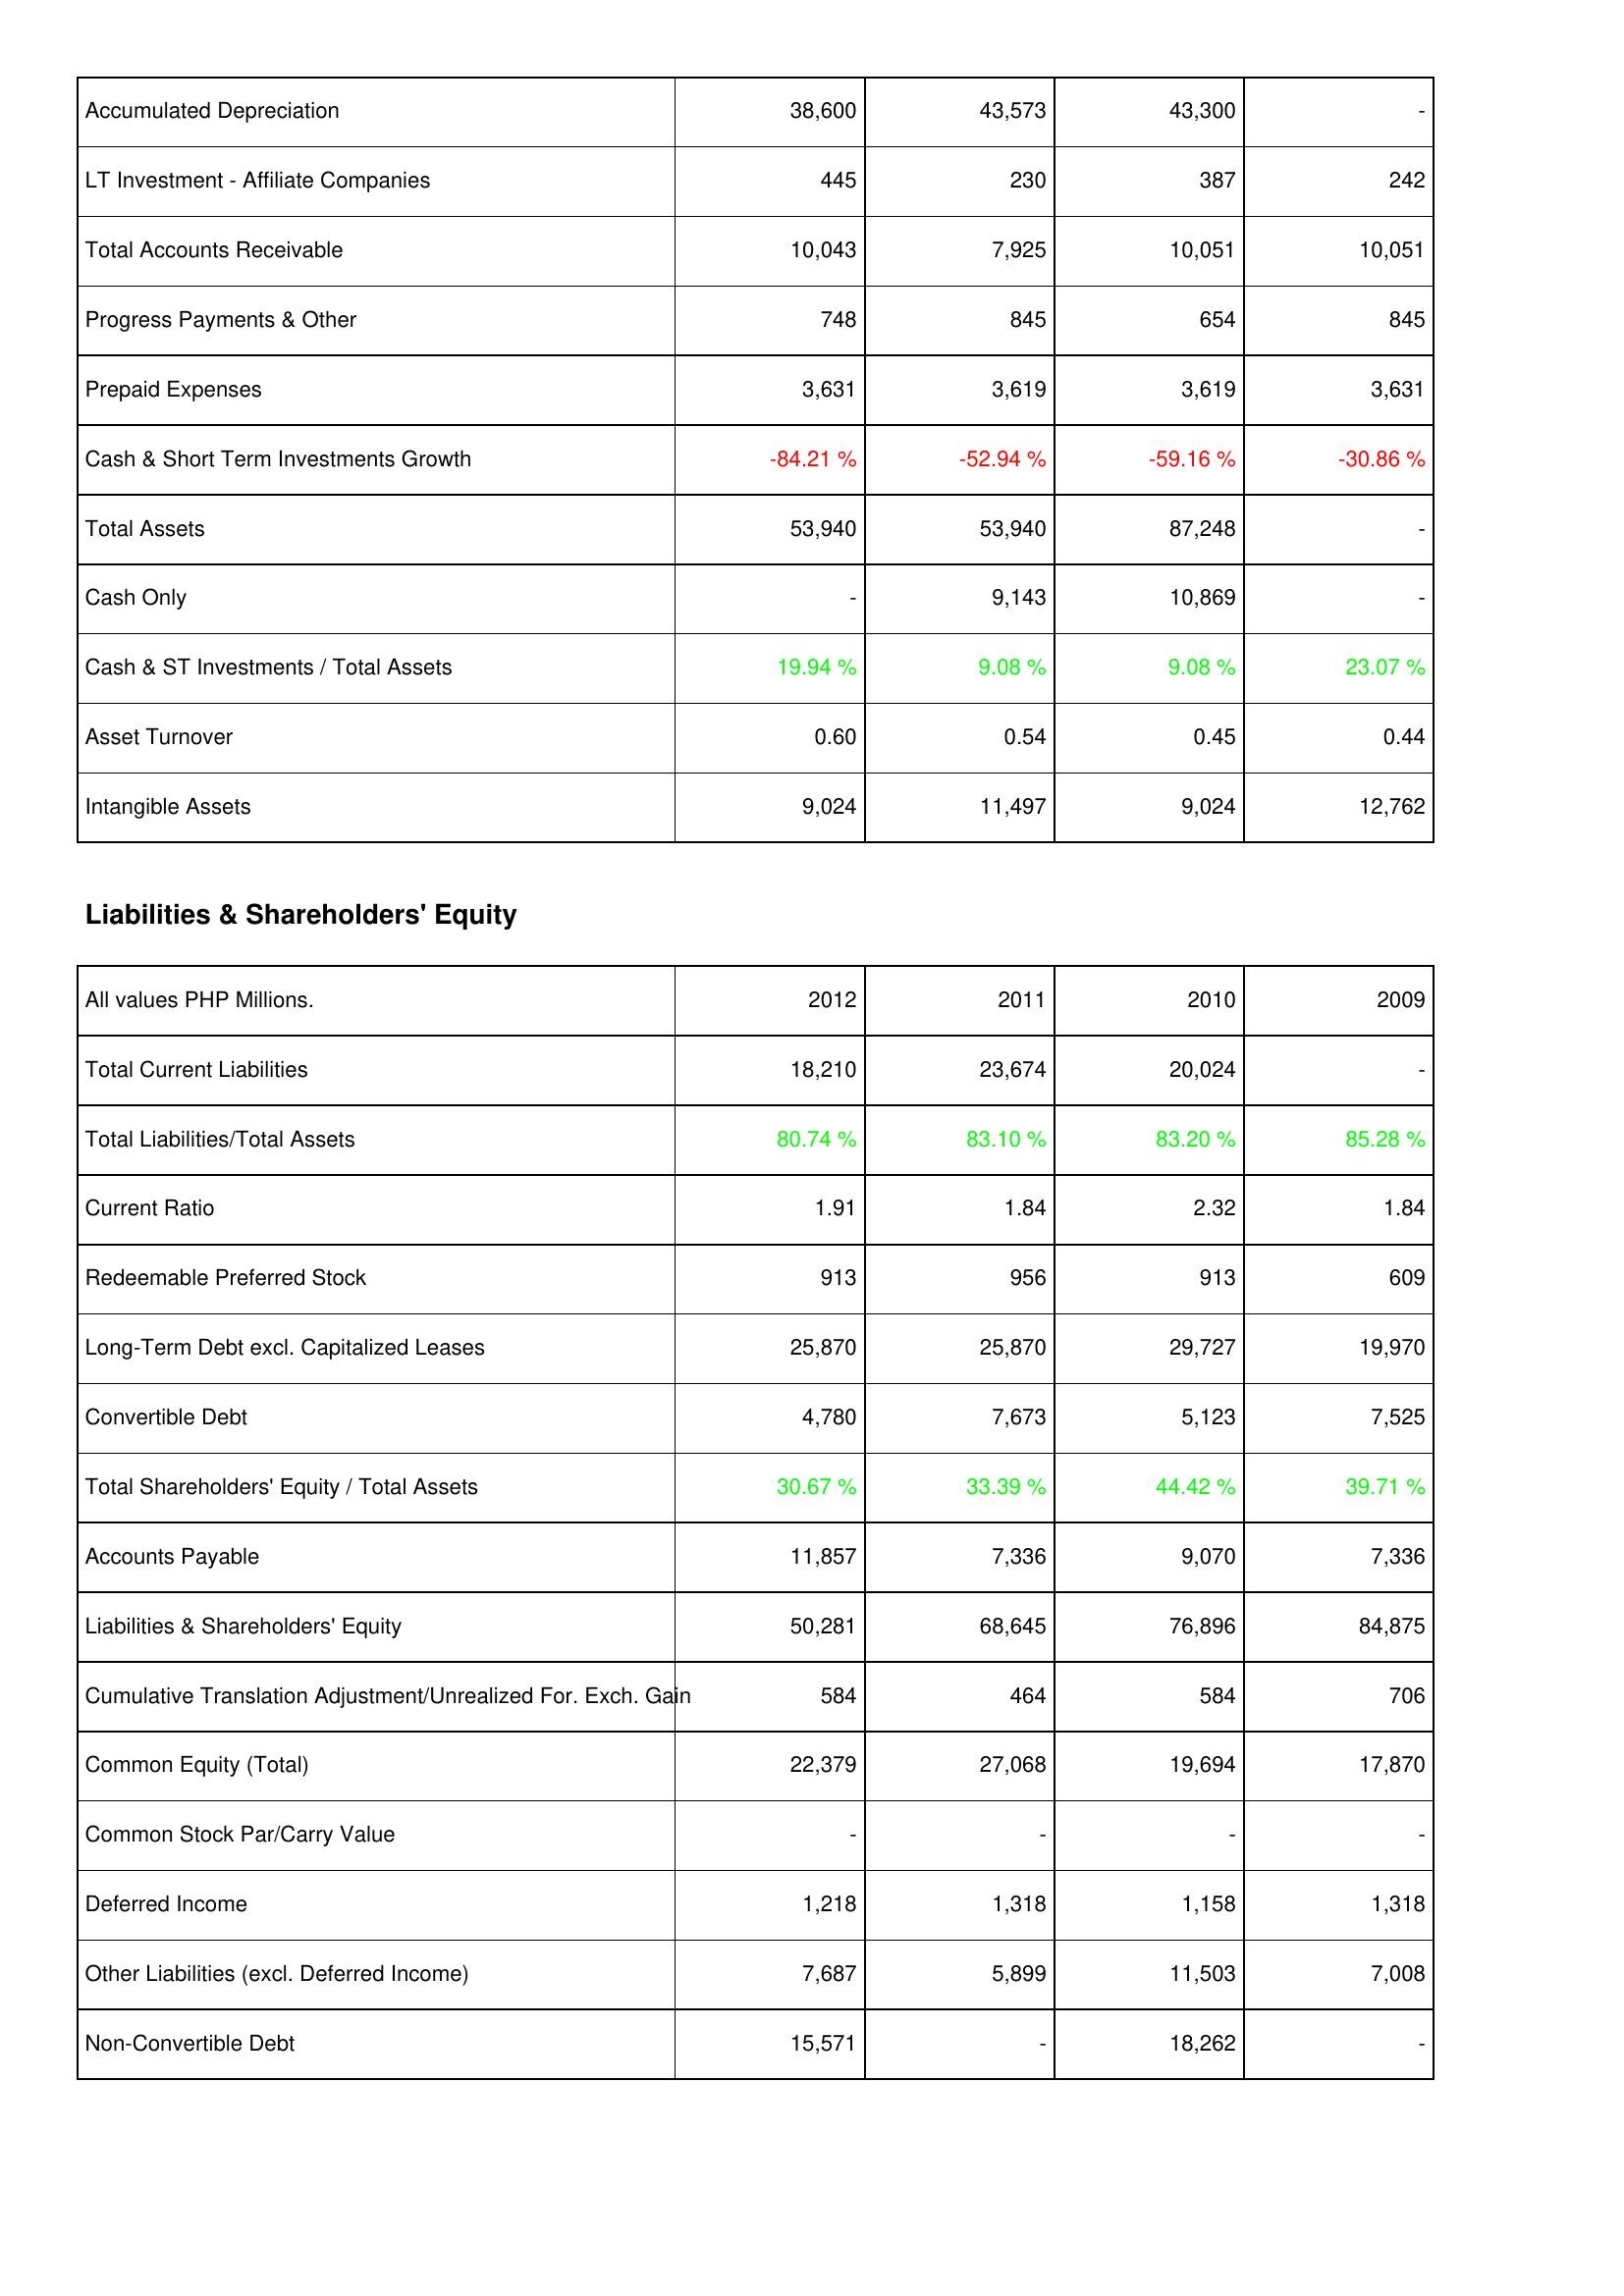
2012: Assets: Accumulated Depreciation: 38,600
LT Investment - Affiliate Companies: 445
Total Accounts Receivable: 10,043
Progress Payments & Other: 748
Prepaid Expenses: 3,631
Cash & Short Term Investments Growth: -84.21 %
Total Assets: 53,940
Cash Only: -
Cash & ST Investments / Total Assets: 19.94 %
Asset Turnover: 0.60
Intangible Assets: 9,024
Liabilities & Shareholders' Equity: Total Current Liabilities: 18,210
Total Liabilities/Total Assets: 80.74 %
Current Ratio: 1.91
Redeemable Preferred Stock: 913
Long-Term Debt excl. Capitalized Leases: 25,870
Convertible Debt: 4,780
Total Shareholders' Equity / Total Assets: 30.67 %
Accounts Payable: 11,857
Liabilities & Shareholders' Equity: 50,281
Cumulative Translation Adjustment/Unrealized For. Exch. Gain: 584
Common Equity (Total): 22,379
Common Stock Par/Carry Value: -
Deferred Income: 1,218
Other Liabilities (excl. Deferred Income): 7,687
Non-Convertible Debt: 15,571
2011: Assets: Accumulated Depreciation: 43,573
LT Investment - Affiliate Companies: 230
Total Accounts Receivable: 7,925
Progress Payments & Other: 845
Prepaid Expenses: 3,619
Cash & Short Term Investments Growth: -52.94 %
Total Assets: 53,940
Cash Only: 9,143
Cash & ST Investments / Total Assets: 9.08 %
Asset Turnover: 0.54
Intangible Assets: 11,497
Liabilities & Shareholders' Equity: Total Current Liabilities: 23,674
Total Liabilities/Total Assets: 83.10 %
Current Ratio: 1.84
Redeemable Preferred Stock: 956
Long-Term Debt excl. Capitalized Leases: 25,870
Convertible Debt: 7,673
Total Shareholders' Equity / Total Assets: 33.39 %
Accounts Payable: 7,336
Liabilities & Shareholders' Equity: 68,645
Cumulative Translation Adjustment/Unrealized For. Exch. Gain: 464
Common Equity (Total): 27,068
Common Stock Par/Carry Value: -
Deferred Income: 1,318
Other Liabilities (excl. Deferred Income): 5,899
Non-Convertible Debt: -
2010: Assets: Accumulated Depreciation: 43,300
LT Investment - Affiliate Companies: 387
Total Accounts Receivable: 10,051
Progress Payments & Other: 654
Prepaid Expenses: 3,619
Cash & Short Term Investments Growth: -59.16 %
Total Assets: 87,248
Cash Only: 10,869
Cash & ST Investments / Total Assets: 9.08 %
Asset Turnover: 0.45
Intangible Assets: 9,024
Liabilities & Shareholders' Equity: Total Current Liabilities: 20,024
Total Liabilities/Total Assets: 83.20 %
Current Ratio: 2.32
Redeemable Preferred Stock: 913
Long-Term Debt excl. Capitalized Leases: 29,727
Convertible Debt: 5,123
Total Shareholders' Equity / Total Assets: 44.42 %
Accounts Payable: 9,070
Liabilities & Shareholders' Equity: 76,896
Cumulative Translation Adjustment/Unrealized For. Exch. Gain: 584
Common Equity (Total): 19,694
Common Stock Par/Carry Value: -
Deferred Income: 1,158
Other Liabilities (excl. Deferred Income): 11,503
Non-Convertible Debt: 18,262
2009: Assets: Accumulated Depreciation: -
LT Investment - Affiliate Companies: 242
Total Accounts Receivable: 10,051
Progress Payments & Other: 845
Prepaid Expenses: 3,631
Cash & Short Term Investments Growth: -30.86 %
Total Assets: -
Cash Only: -
Cash & ST Investments / Total Assets: 23.07 %
Asset Turnover: 0.44
Intangible Assets: 12,762
Liabilities & Shareholders' Equity: Total Current Liabilities: -
Total Liabilities/Total Assets: 85.28 %
Current Ratio: 1.84
Redeemable Preferred Stock: 609
Long-Term Debt excl. Capitalized Leases: 19,970
Convertible Debt: 7,525
Total Shareholders' Equity / Total Assets: 39.71 %
Accounts Payable: 7,336
Liabilities & Shareholders' Equity: 84,875
Cumulative Translation Adjustment/Unrealized For. Exch. Gain: 706
Common Equity (Total): 17,870
Common Stock Par/Carry Value: -
Deferred Income: 1,318
Other Liabilities (excl. Deferred Income): 7,008
Non-Convertible Debt: -